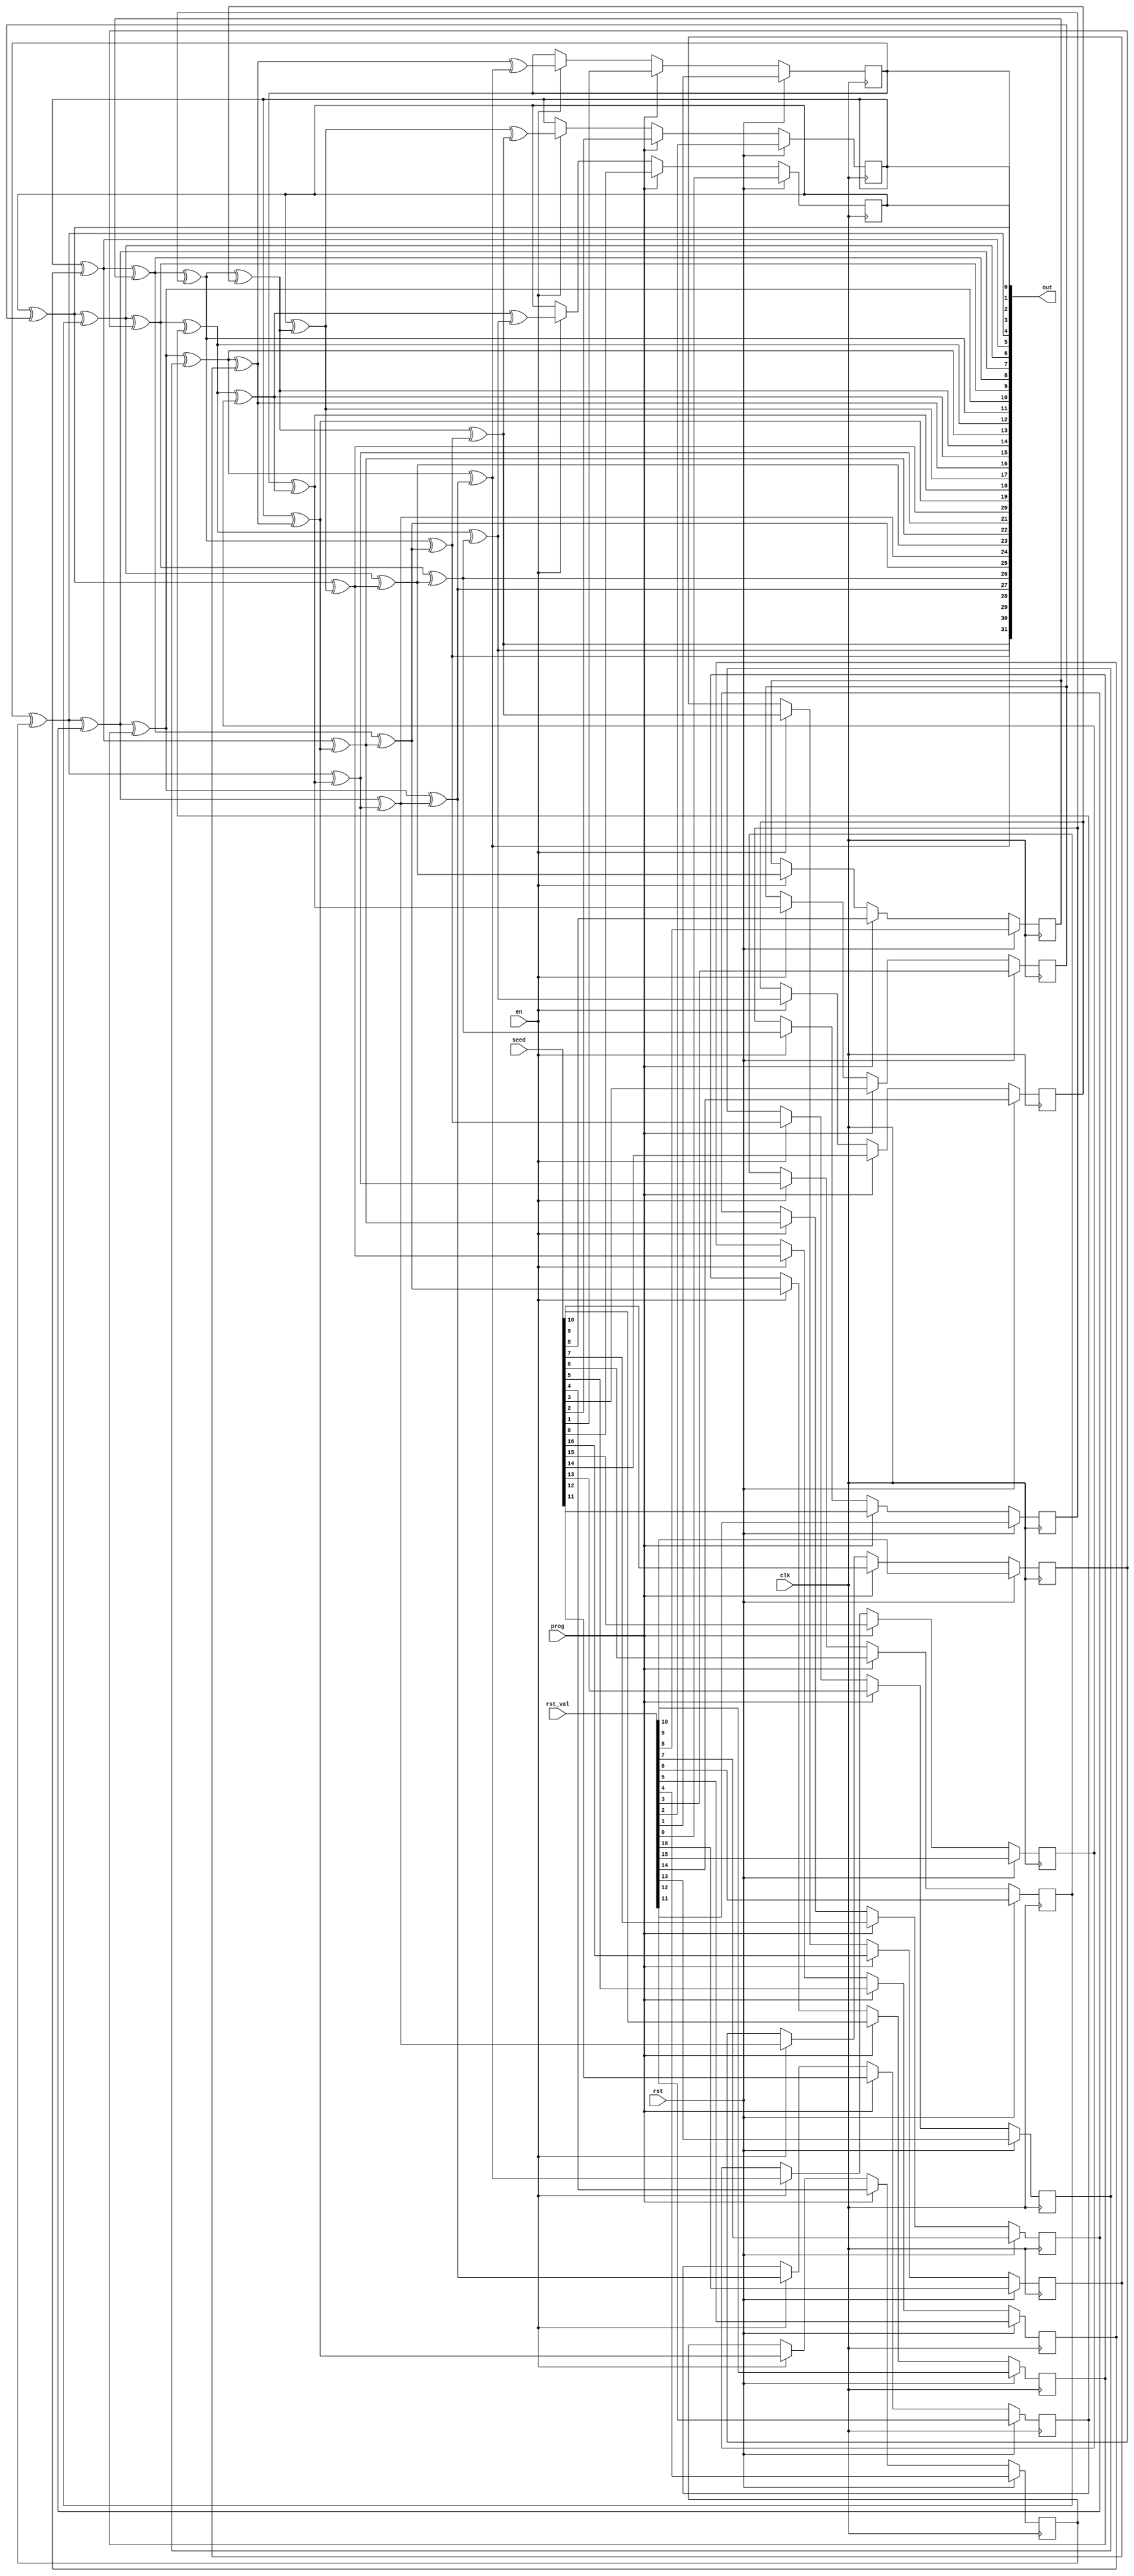
module lfsr_noise_neur (
	// Inputs
	input wire        clk,
	input wire        rst,
	input wire        en,
	input wire [16:0] rst_val,
	input wire [16:0] seed,
	input wire        prog,

	// Output
	output wire [31:0] out
);

	// Nodes definitions
	wire x0, x0a, x0b;
	wire x1, x1a, x1b;
	wire x2, x2a, x2b;
	wire x3, x3a, x3b;
	wire x4, x4a, x4b;
	wire x5, x5a, x5b;
	wire x6, x6a, x6b;
	wire x7, x7a, x7b;
	wire x8, x8a, x8b;
	wire x9, x9a, x9b;
	wire x10, x10a, x10b;
	wire x11, x11a, x11b;
	wire x12, x12a, x12b;
	wire x13, x13a, x13b;
	wire x14, x14a, x14b;
	wire x15, x15a, x15b;
	wire x16, x16a, x16b;
	wire x17, x17a, x17b;
	wire x18, x18a, x18b;
	wire x19, x19a, x19b;
	wire x20, x20a, x20b;
	wire x21, x21a, x21b;
	wire x22, x22a, x22b;
	wire x23, x23a, x23b;
	wire x24, x24a, x24b;
	wire x25, x25a, x25b;
	wire x26, x26a, x26b;
	wire x27, x27a, x27b;
	wire x28, x28a, x28b;
	wire x29, x29a, x29b;
	wire x30, x30a, x30b;
	wire x31, x31a, x31b;
	wire y0;
	wire y1;
	wire y2;
	wire y3;
	wire y4;
	wire y5;
	wire y6;
	wire y7;
	wire y8;
	wire y9;
	wire y10;
	wire y11;
	wire y12;
	wire y13;
	wire y14;
	wire y15;
	wire y16;
	wire y17;
	wire y18;
	wire y19;
	wire y20;
	wire y21;
	wire y22;
	wire y23;
	wire y24;
	wire y25;
	wire y26;
	wire y27;
	wire y28;
	wire y29;
	wire y30;
	wire y31;
	reg d0, d1, d2, d3, d4, d5, d6, d7, d8, d9, d10, d11, d12, d13, d14, d15, d16;

	// Combinational and sequential logic definitions
	assign x0 = x0a ^ x0b;
	assign x1 = x1a ^ x1b;
	assign x2 = x2a ^ x2b;
	assign x3 = x3a ^ x3b;
	assign x4 = x4a ^ x4b;
	assign x5 = x5a ^ x5b;
	assign x6 = x6a ^ x6b;
	assign x7 = x7a ^ x7b;
	assign x8 = x8a ^ x8b;
	assign x9 = x9a ^ x9b;
	assign x10 = x10a ^ x10b;
	assign x11 = x11a ^ x11b;
	assign x12 = x12a ^ x12b;
	assign x13 = x13a ^ x13b;
	assign x14 = x14a ^ x14b;
	assign x15 = x15a ^ x15b;
	assign x16 = x16a ^ x16b;
	assign x17 = x17a ^ x17b;
	assign x18 = x18a ^ x18b;
	assign x19 = x19a ^ x19b;
	assign x20 = x20a ^ x20b;
	assign x21 = x21a ^ x21b;
	assign x22 = x22a ^ x22b;
	assign x23 = x23a ^ x23b;
	assign x24 = x24a ^ x24b;
	assign x25 = x25a ^ x25b;
	assign x26 = x26a ^ x26b;
	assign x27 = x27a ^ x27b;
	assign x28 = x28a ^ x28b;
	assign x29 = x29a ^ x29b;
	assign x30 = x30a ^ x30b;
	assign x31 = x31a ^ x31b;
	assign y3 = x0;
	assign y4 = x1;
	assign y5 = x2;
	assign y6 = x3;
	assign y7 = x4;
	assign y8 = x5;
	assign y9 = x6;
	assign y10 = x7;
	assign y11 = x8;
	assign y12 = x9;
	assign y13 = x10;
	assign y14 = x11;
	assign y15 = x12;
	assign y16 = x13;
	assign y17 = x14;
	assign y18 = x15;
	assign y19 = x16;
	assign y20 = x17;
	assign y21 = x18;
	assign y22 = x19;
	assign y23 = x20;
	assign y24 = x21;
	assign y25 = x22;
	assign y26 = x23;
	assign y27 = x24;
	assign y28 = x25;
	assign y29 = x26;
	assign y30 = x27;
	assign y31 = x28;
	always @(posedge clk)
		if (rst)
			d0 <= rst_val[0];
		else if (prog)
			d0 <= seed[0];
		else if (en)
			d0 <= x29;
	assign y0 = d0;
	always @(posedge clk)
		if (rst)
			d1 <= rst_val[1];
		else if (prog)
			d1 <= seed[1];
		else if (en)
			d1 <= x30;
	assign y1 = d1;
	always @(posedge clk)
		if (rst)
			d2 <= rst_val[2];
		else if (prog)
			d2 <= seed[2];
		else if (en)
			d2 <= x31;
	assign y2 = d2;
	assign x0a = y0;
	assign x14a = y0;
	assign x1a = y1;
	assign x15a = y1;
	assign x2a = y2;
	assign x16a = y2;
	assign x3a = y3;
	assign x17a = y3;
	assign x4a = y4;
	assign x18a = y4;
	assign x5a = y5;
	assign x19a = y5;
	assign x6a = y6;
	assign x20a = y6;
	assign x7a = y7;
	assign x21a = y7;
	assign x8a = y8;
	assign x22a = y8;
	assign x9a = y9;
	assign x23a = y9;
	assign x10a = y10;
	assign x24a = y10;
	assign x11a = y11;
	assign x25a = y11;
	assign x12a = y12;
	assign x26a = y12;
	assign x13a = y13;
	assign x27a = y13;
	assign x14b = y14;
	assign x28a = y14;
	assign x15b = y15;
	assign x29a = y15;
	assign x16b = y16;
	assign x30a = y16;
	assign x17b = y17;
	assign x31a = y17;
	assign x18b = y18;
	always @(posedge clk)
		if (rst)
			d3 <= rst_val[3];
		else if (prog)
			d3 <= seed[3];
		else if (en)
			d3 <= y18;
	assign x0b = d3;
	assign x19b = y19;
	always @(posedge clk)
		if (rst)
			d4 <= rst_val[4];
		else if (prog)
			d4 <= seed[4];
		else if (en)
			d4 <= y19;
	assign x1b = d4;
	assign x20b = y20;
	always @(posedge clk)
		if (rst)
			d5 <= rst_val[5];
		else if (prog)
			d5 <= seed[5];
		else if (en)
			d5 <= y20;
	assign x2b = d5;
	assign x21b = y21;
	always @(posedge clk)
		if (rst)
			d6 <= rst_val[6];
		else if (prog)
			d6 <= seed[6];
		else if (en)
			d6 <= y21;
	assign x3b = d6;
	assign x22b = y22;
	always @(posedge clk)
		if (rst)
			d7 <= rst_val[7];
		else if (prog)
			d7 <= seed[7];
		else if (en)
			d7 <= y22;
	assign x4b = d7;
	assign x23b = y23;
	always @(posedge clk)
		if (rst)
			d8 <= rst_val[8];
		else if (prog)
			d8 <= seed[8];
		else if (en)
			d8 <= y23;
	assign x5b = d8;
	assign x24b = y24;
	always @(posedge clk)
		if (rst)
			d9 <= rst_val[9];
		else if (prog)
			d9 <= seed[9];
		else if (en)
			d9 <= y24;
	assign x6b = d9;
	assign x25b = y25;
	always @(posedge clk)
		if (rst)
			d10 <= rst_val[10];
		else if (prog)
			d10 <= seed[10];
		else if (en)
			d10 <= y25;
	assign x7b = d10;
	assign x26b = y26;
	always @(posedge clk)
		if (rst)
			d11 <= rst_val[11];
		else if (prog)
			d11 <= seed[11];
		else if (en)
			d11 <= y26;
	assign x8b = d11;
	assign x27b = y27;
	always @(posedge clk)
		if (rst)
			d12 <= rst_val[12];
		else if (prog)
			d12 <= seed[12];
		else if (en)
			d12 <= y27;
	assign x9b = d12;
	assign x28b = y28;
	always @(posedge clk)
		if (rst)
			d13 <= rst_val[13];
		else if (prog)
			d13 <= seed[13];
		else if (en)
			d13 <= y28;
	assign x10b = d13;
	assign x29b = y29;
	always @(posedge clk)
		if (rst)
			d14 <= rst_val[14];
		else if (prog)
			d14 <= seed[14];
		else if (en)
			d14 <= y29;
	assign x11b = d14;
	assign x30b = y30;
	always @(posedge clk)
		if (rst)
			d15 <= rst_val[15];
		else if (prog)
			d15 <= seed[15];
		else if (en)
			d15 <= y30;
	assign x12b = d15;
	assign x31b = y31;
	always @(posedge clk)
		if (rst)
			d16 <= rst_val[16];
		else if (prog)
			d16 <= seed[16];
		else if (en)
			d16 <= y31;
	assign x13b = d16;

	// Output assignment
	assign out = {y31,y30,y29,y28,y27,y26,y25,y24,y23,y22,y21,y20,y19,y18,y17,y16,y15,y14,y13,y12,y11,y10,y9,y8,y7,y6,y5,y4,y3,y2,y1,y0};

endmodule